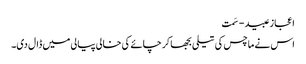
اعجاز عبید - سَمت
اس نے ماچس کی تیلی بجھا کر چائے کی خالی پیالی میں ڈال دی۔